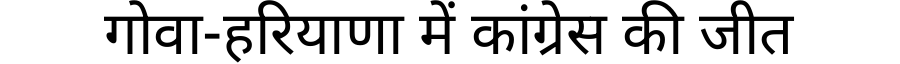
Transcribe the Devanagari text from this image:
गोवा-हरियाणा में कांग्रेस की जीत